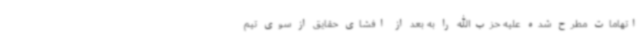
اتهامات مطرح شده علیه حزب‌الله را به بعد از افشای حقایق از سوی تیم